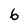
Character: 6